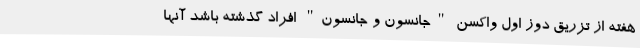
هفته از تزریق دوز اول واکسن "جانسون و جانسون" افراد گذشته باشد آنها